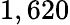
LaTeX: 1,620